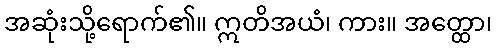
အဆုံးသို့ရောက်၏။ ဣတိအယံ၊ ကား။ အတ္ထော၊